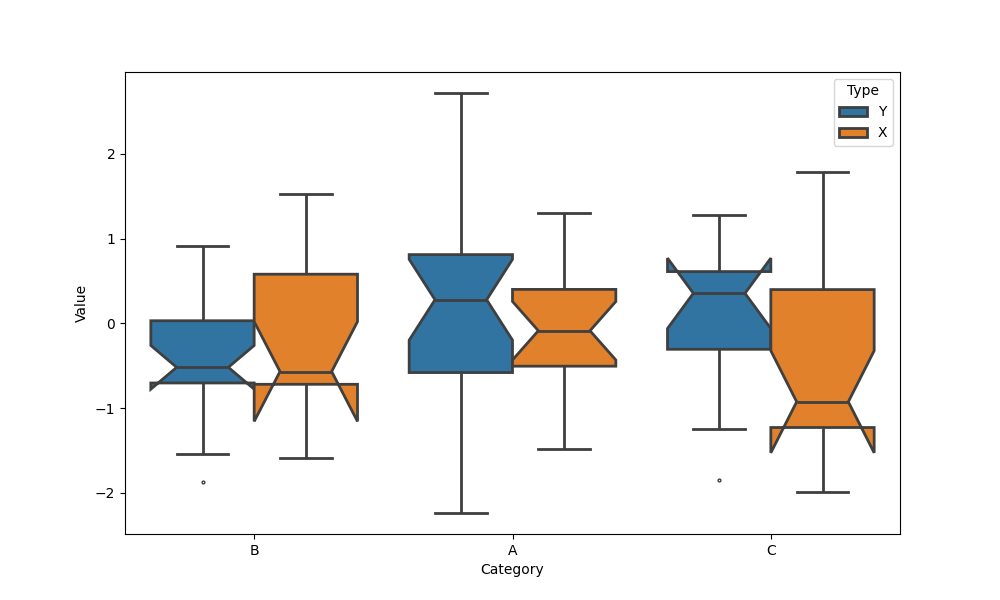
python, seaborn, boxplot, width=0.8, linewidth=2, fliersize=2, notch=True